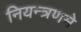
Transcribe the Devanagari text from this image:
नियन्त्रणमे